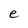
Character: e